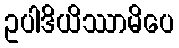
ဥပါဒိယိဿာမိပေ